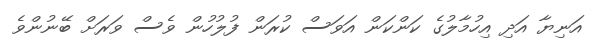
އަނިޔާ އަދި އިހުމާލުގެ ކަންކަން އަވަސް ކުރަން ފުލުހުން ވެސް ވަރަށް ބޭނުންވެ